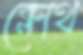
ক্লোথ